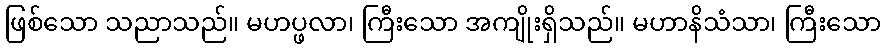
ဖြစ်သော သညာသည်။ မဟပ္ဖလာ၊ ကြီးသော အကျိုးရှိသည်။ မဟာနိသံသာ၊ ကြီးသော